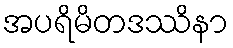
အပရိမိတဒဿိနာ